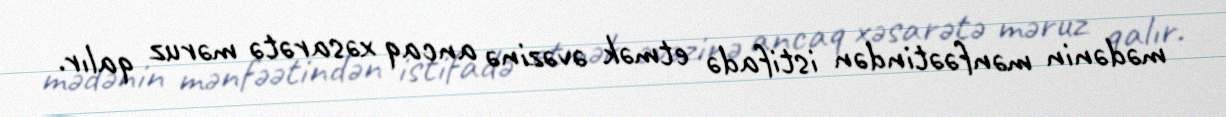
mədənin mənfəətindən istifadə etmək əvəzinə ancaq xəsarətə məruz qalır.